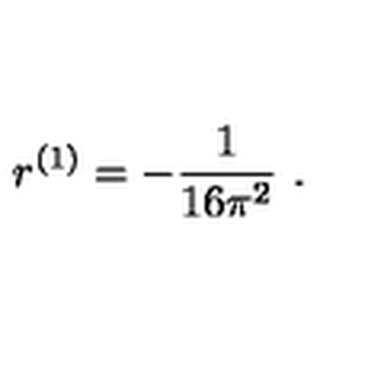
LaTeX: r ^ { ( 1 ) } = - \frac { 1 } { 1 6 \pi ^ { 2 } } \ .